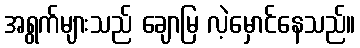
အရွက်များသည် ချောမြ လဲ့မှောင်နေသည်။